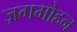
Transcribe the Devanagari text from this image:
ज़गमोहन